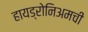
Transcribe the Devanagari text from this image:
हायड्रोनिअमची